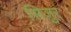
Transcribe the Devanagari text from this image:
सिज़ुर